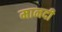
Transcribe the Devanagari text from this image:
मानदी